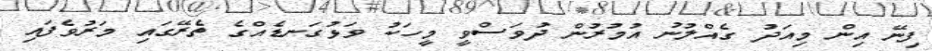
ފިނޭ އިން މިއަދު ގެއްލުނު އުމުރުން ދުވަސްވީ މީހަކު ވަޅުގަނޑެއްގެ ތެރޭގައި މަރުވެފައި